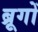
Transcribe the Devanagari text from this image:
ब्रूगों